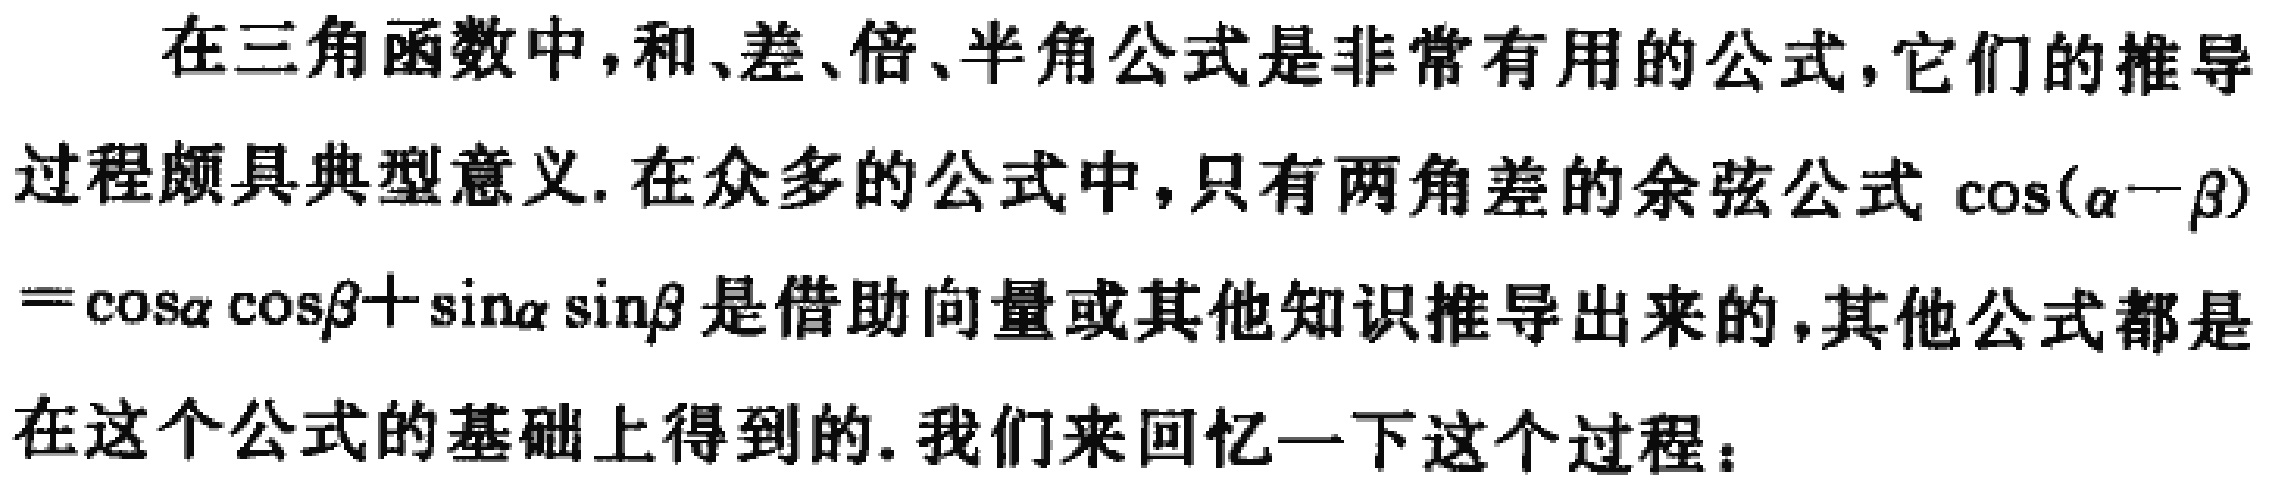
在三角函数中，和、差、倍、半角公式是非常有用的公式，它们的推导

过程颇具典型意义. 在众多的公式中，只有两角差的余弦公式 $\cos(\alpha - \beta)$

$= \cos\alpha\cos\beta+\sin\alpha\sin\beta$ 是借助向量或其他知识推导出来的，其他公式都是

在这个公式的基础上得到的. 我们来回忆一下这个过程：